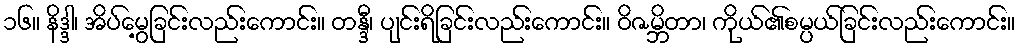
၁၆။ နိဒ္ဒါ၊ အိပ်မွေ့ခြင်းလည်းကောင်း။ တန္ဒီ၊ ပျင်းရိခြင်းလည်းကောင်း။ ဝိဇမ္ဘိတာ၊ ကိုယ်၏စမ္ပယ်ခြင်းလည်းကောင်း။